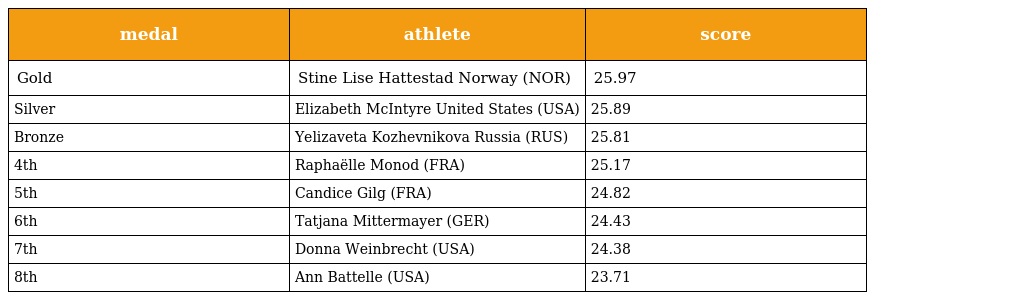
| medal | athlete | score |
 | --- | --- | --- |
 | Gold | Stine Lise Hattestad Norway (NOR) | 25.97 |
 | Silver | Elizabeth McIntyre United States (USA) | 25.89 |
 | Bronze | Yelizaveta Kozhevnikova Russia (RUS) | 25.81 |
 | 4th | Raphaëlle Monod (FRA) | 25.17 |
 | 5th | Candice Gilg (FRA) | 24.82 |
 | 6th | Tatjana Mittermayer (GER) | 24.43 |
 | 7th | Donna Weinbrecht (USA) | 24.38 |
 | 8th | Ann Battelle (USA) | 23.71 |